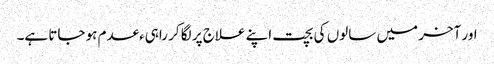
اور آخر میں سالوں کی بچت اپنے علاج پر لگا کر راہیءعدم ہو جاتا ہے۔